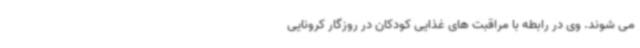
می شوند. وی در رابطه با مراقبت های غذایی کودکان در روزگار کرونایی